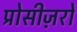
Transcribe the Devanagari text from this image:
प्रोसीज़रों